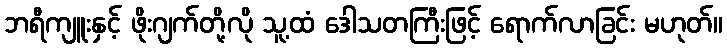
ဘရီကျူးနှင့် ဖိုးဂျက်တို့လို သူ့ထံ ဒေါသတကြီးဖြင့် ရောက်လာခြင်း မဟုတ်။